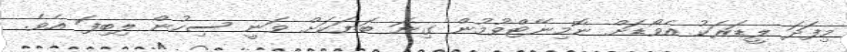
މިފަދަ ލީޑަރަކު އެވޯޑަށް ނޮމިނޭޓްވުމުން ގިނަ ބަޔަކަށް ވަނީ ސިހުން ލިބިފަ އެވެ.